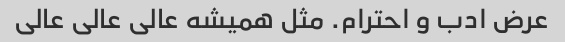
عرض ادب و احترام. مثل همیشه عالی عالی عالی